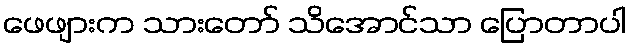
ဖေဖျားက သားတော် သိအောင်သာ ပြောတာပါ